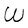
Character: W